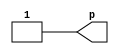
module test_25(p);
   output p;
   wire q = 1;
   assign p = q;
endmodule